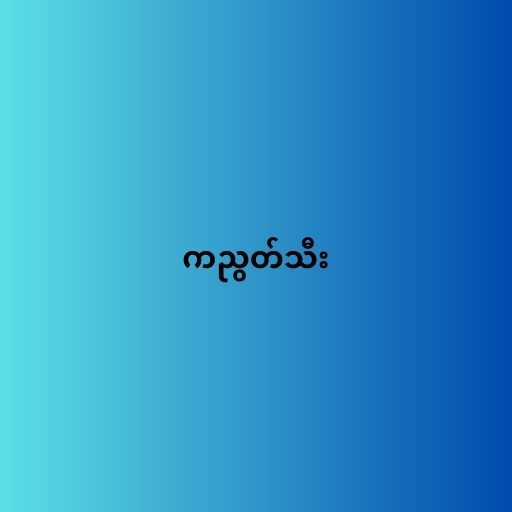
ကညွတ်သီး